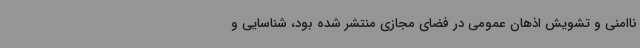
ناامنی و تشویش اذهان عمومی در فضای مجازی منتشر شده بود، شناسایی و